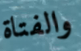
والفتاة